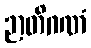
ဉာတိဂဏံ